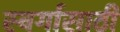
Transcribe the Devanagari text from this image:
स्वर्गासाठी